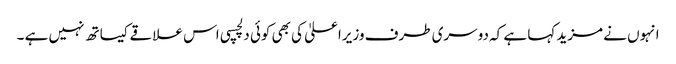
انہوں نے مزید کہا ہے کہ دوسری طرف وزیراعلیٰ کی بھی کوئی دلچسپی اس علاقے کیساتھ نہیں ہے ۔